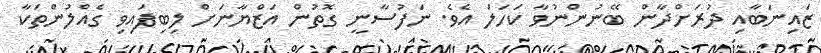
ޒައިނަބާއި ދުރަށްދާން ބޭނުންނުވާ ކަހަލަ އެވެ. ނަފުސާނީ ގޮތުން އަޒްޔާނަށް ލިބިފައިވި ގެއްލުންތަކާ